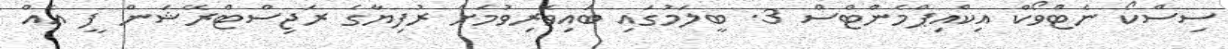
ސިސްކޯ ނެޓްވޯކް އިކްއިޕްމެންޓްސް 3. ބީލަމުގައި ބައިވެރިވުމަށް ރުފިޔާގެ ރަޖިސްޓްރޭޝަން ފީ އެއް